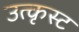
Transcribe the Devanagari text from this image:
उत्कृस्ट